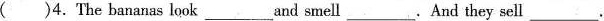
( )4. The bananas look___and smell___. And they sell___.